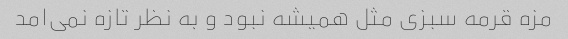
مزه قرمه سبزی مثل همیشه نبود و به نظر تازه نمی‌امد